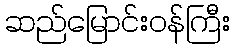
ဆည်မြောင်းဝန်ကြီး